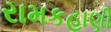
રામકહાણી